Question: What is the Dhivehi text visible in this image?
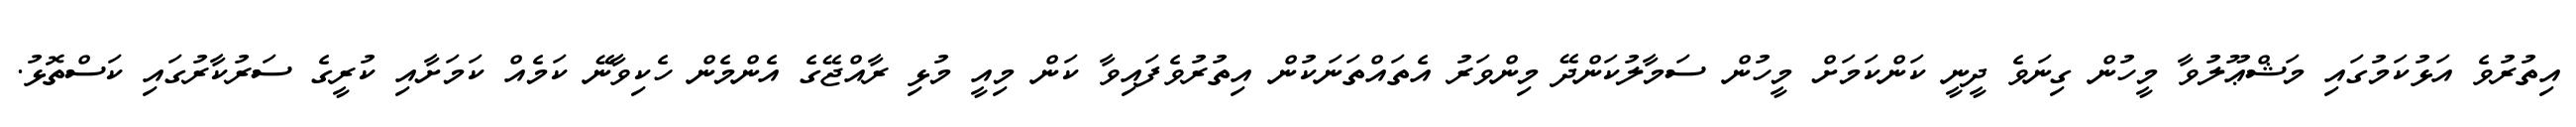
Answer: އިތުރުވެ އަޅުކަމުގައި މަޝްޢޫލުވާ މީހުން ގިނަވެ ދީނީ ކަންކަމަށް މީހުން ސަމާލުކަންދޭ މިންވަރު އެތައްތަނަކުން އިތުރުވެފައިވާ ކަން މިއީ މުޅި ރާއްޖޭގެ އެންމެން ހެކިވާނޭ ކަމެއް ކަމަށާއި ކުރީގެ ސަރުކާރުގައި ކަސްތޮޅު.